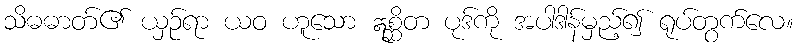
သိဓဓာတ်၏ ယှဉ်ရာ ယဝ ဟူသော ဣစ္ဆိတ ပုဒ်ကို အပါဒါန်မှည့်၍ ရုပ်တွက်လေ။